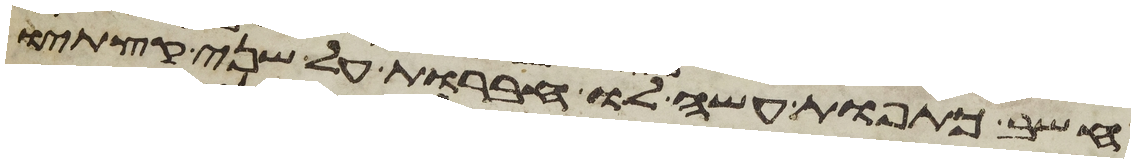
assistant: חשב כתפות עשה לו חברות על שני קצתיו